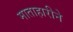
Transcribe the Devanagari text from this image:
माताहारीने